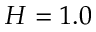
H = 1 . 0